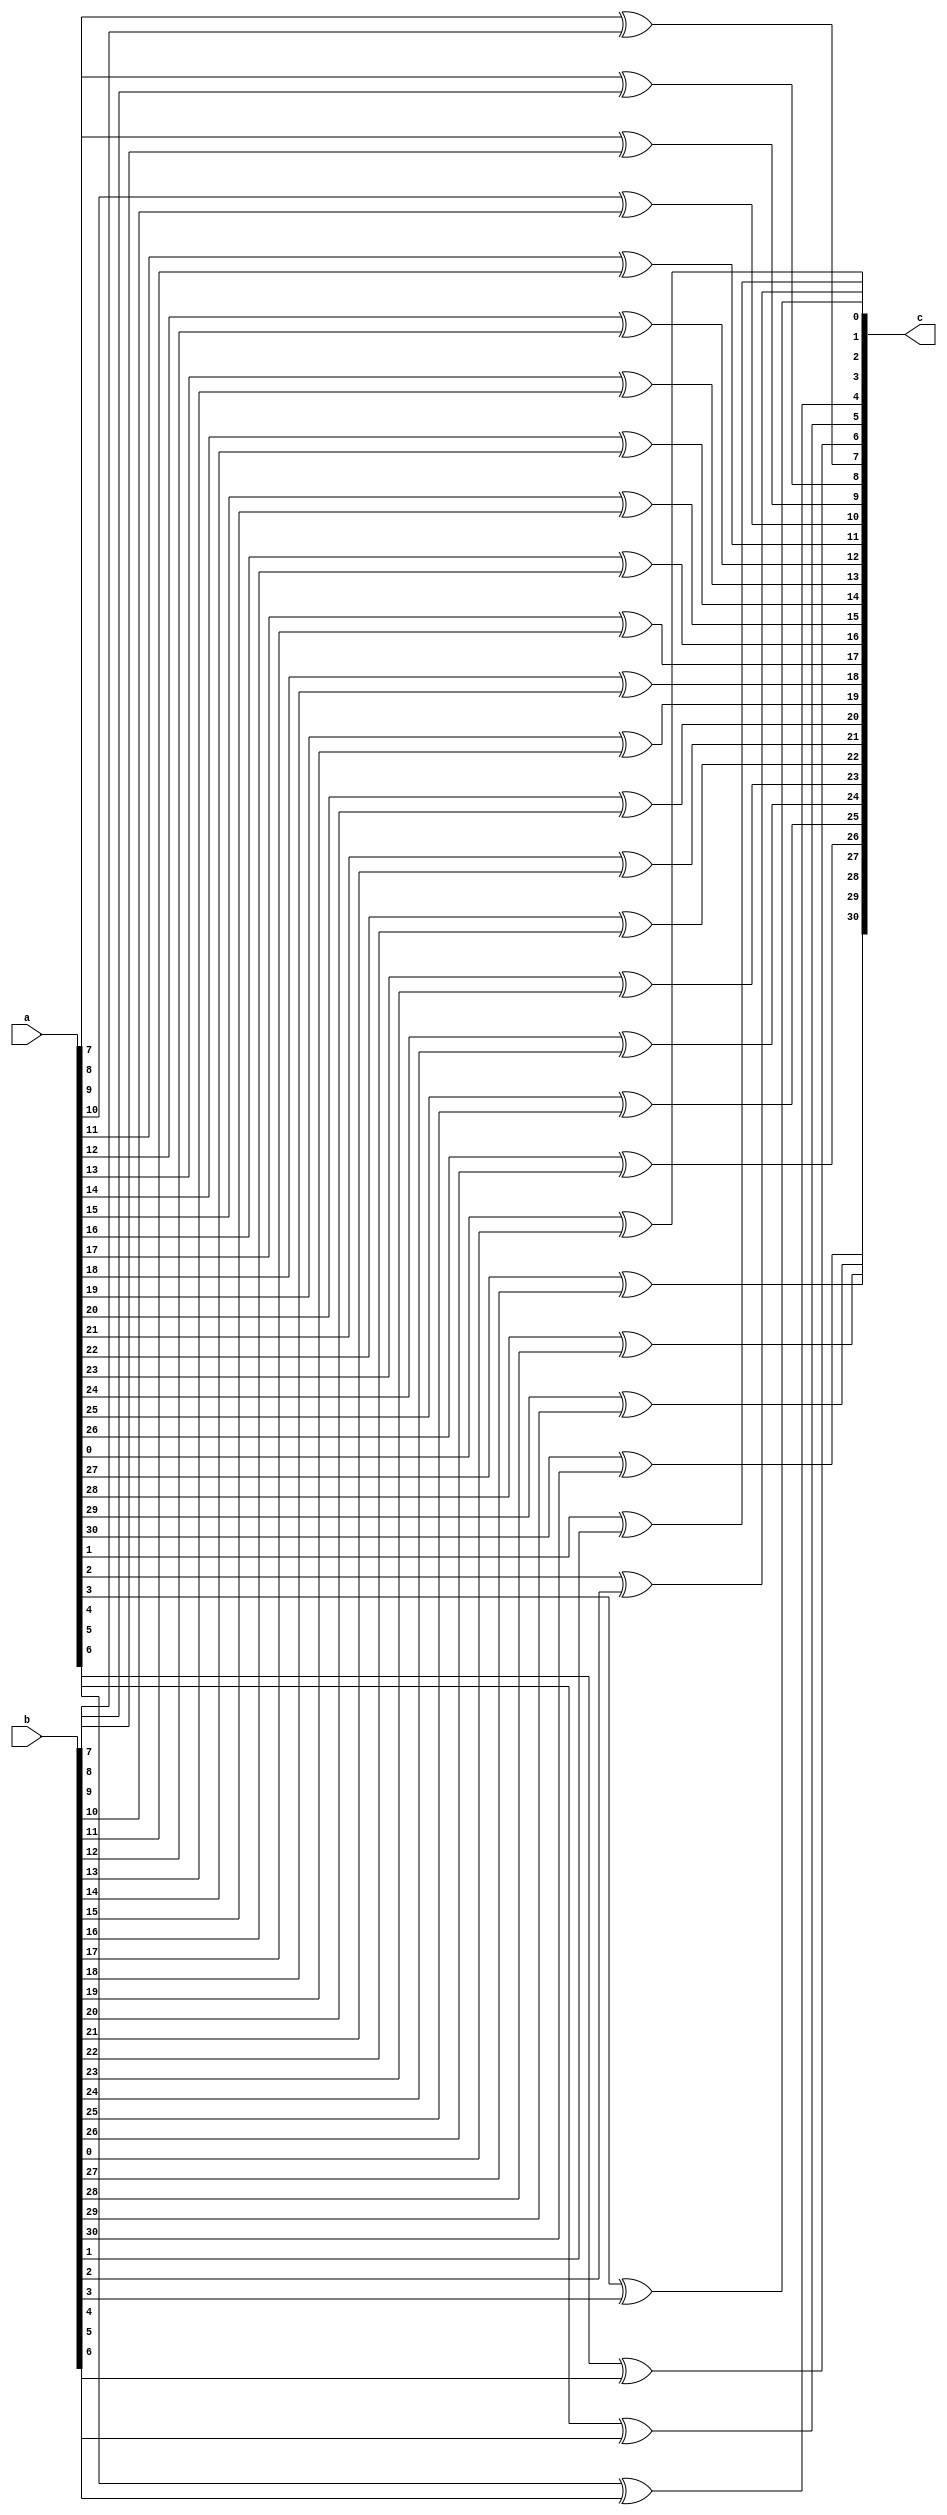
module xor32 (a,b,c);
	input wire [31:0]a,b;
	output reg [31:0]c;
	integer i;
	
	always @(*)begin
		for (i = 0; i < 31; i = i + 1) begin 
			c[i] = ((a[i])^(b[i]));
		end
	end
	
endmodule